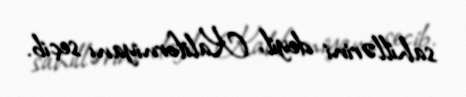
sahillərini deyil, Kaliforniyanı seçib.